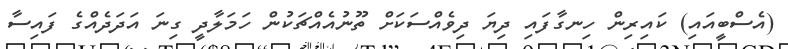
(އެސްބީއައި) ކައިރިން ހިނގާފައި ދިޔަ ދިވެއްސަކަށް ތޫނުއެއްޗަކުން ހަމަލާދީ ގިނަ އަދަދެއްގެ ފައިސާ